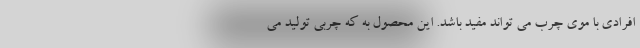
افرادی با موی چرب می تواند مفید باشد. این محصول به که چربی تولید می